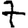
Digit: 7